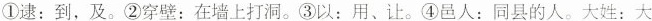
①逮：到，及。②穿壁：在墙上打洞。③以：用、让。④邑人：同县的人。大姓：大